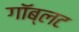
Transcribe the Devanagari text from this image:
गॉब्लट